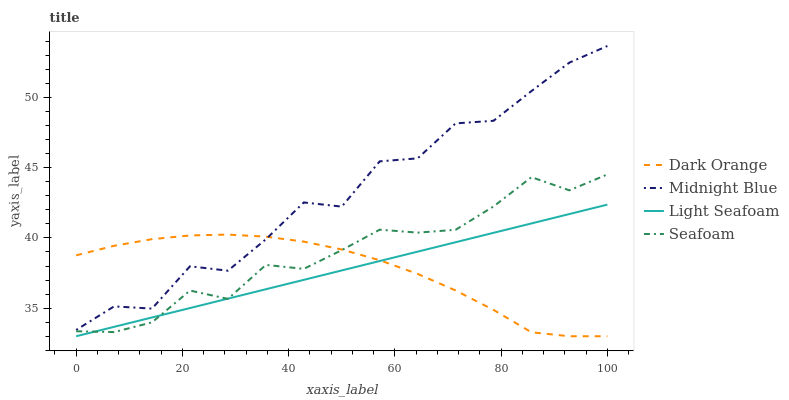
| xaxis_label | Dark Orange | Midnight Blue | Light Seafoam | Seafoam |
 | --- | --- | --- | --- | --- |
 | 0 | 38.8 | 33.4 | 33 | 33.4 |
 | 7.14 | 39.4 | 35.1 | 33.7 | 33.3 |
 | 14.3 | 39.9 | 35 | 34.3 | 34 |
 | 21.4 | 40.2 | 38 | 35 | 36.3 |
 | 28.6 | 40.2 | 37.7 | 35.7 | 35.7 |
 | 35.7 | 40.1 | 39.9 | 36.3 | 38.1 |
 | 42.9 | 39.7 | 42.5 | 37 | 37.8 |
 | 50 | 39.2 | 42.2 | 37.7 | 39.1 |
 | 57.1 | 38.4 | 45.5 | 38.4 | 40.6 |
 | 64.3 | 37.4 | 45.7 | 39 | 40.4 |
 | 71.4 | 36.3 | 48.2 | 39.7 | 40.6 |
 | 78.6 | 34.9 | 48.3 | 40.4 | 42.2 |
 | 85.7 | 33.3 | 50.5 | 41 | 44.3 |
 | 92.9 | 33 | 52.5 | 41.7 | 43.4 |
 | 100 | 33 | 53.7 | 42.4 | 44.5 |